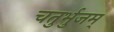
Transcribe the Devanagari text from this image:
चतुर्भुजम्